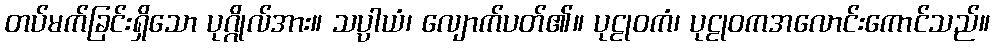
တပ်မက်ခြင်းရှိသော ပုဂ္ဂိုလ်အား။ သပ္ပာယံ၊ လျောက်ပတ်၏။ ပုဠုဝကံ၊ ပုဠုဝကအလောင်းကောင်သည်။